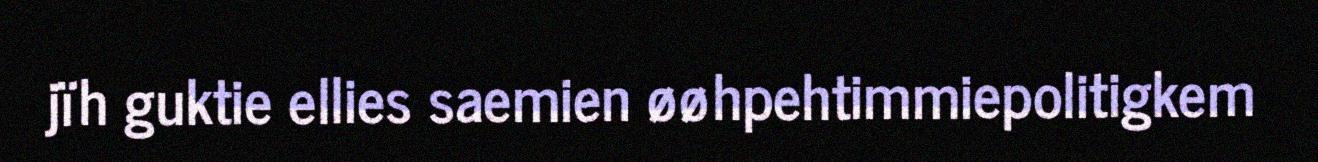
jïh guktie ellies saemien øøhpehtimmiepolitigkem